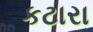
કટારા